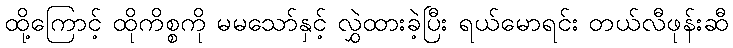
ထို့ကြောင့် ထိုကိစ္စကို မမသော်နှင့် လွှဲထားခဲ့ပြီး ရယ်မောရင်း တယ်လီဖုန်းဆီ